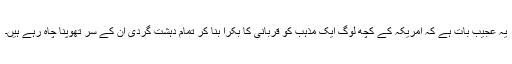
یہ عجیب بات ہے کہ امریکہ کے کچھ لوگ ایک مذہب کو قربانی کا بکرا بنا کر تمام دہشت گردی اُن کے سر تھوپنا چاہ رہے ہیں۔